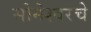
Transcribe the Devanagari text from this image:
सोमेश्वरचे